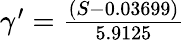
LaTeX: \begin{array}{r}{\gamma^{\prime}={\frac{(S-0.03699)}{5.9125}}}\end{array}